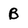
Character: B